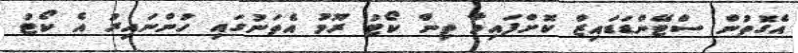
އެގޮތުން ސްޓޭންޑަޑައިޒް ކޮށްފައިވާ ތިން ކޯޓު ރޫމު އެތަނުގައި ހުންނައިރު އެ ކޯޓު